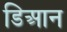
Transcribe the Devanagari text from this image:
डिआन